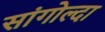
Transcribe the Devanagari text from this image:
सांगोल्दा